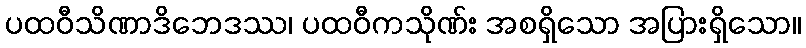
ပထဝီသိဏာဒိဘေဒဿ၊ ပထဝီကသိုဏ်း အစရှိသော အပြားရှိသော။